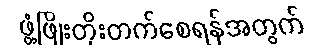
ဖွံ့ဖြိုးတိုးတက်စေရန်အတွက်